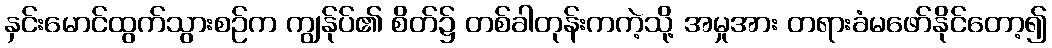
နှင်းမောင်ထွက်သွားစဉ်က ကျွန်ုပ်၏ စိတ်၌ တစ်ခါတုန်းကကဲ့သို့ အမှုအား တရားခံမဖော်နိုင်တော့၍